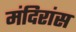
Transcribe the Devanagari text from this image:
मंदिरांस